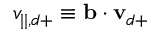
v _ { | | , d + } \equiv \mathbf { b } \cdot \mathbf { v } _ { d + }